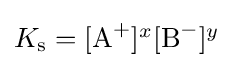
{\textstyle K_{{\ce {s}}}=[{\ce {A+}}]^{x}[{\ce {B-}}]^{y}}